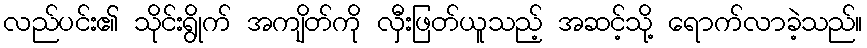
လည်ပင်း၏ သိုင်းရွိုက် အကျိတ်ကို လှီးဖြတ်ယူသည့် အဆင့်သို့ ရောက်လာခဲ့သည်။